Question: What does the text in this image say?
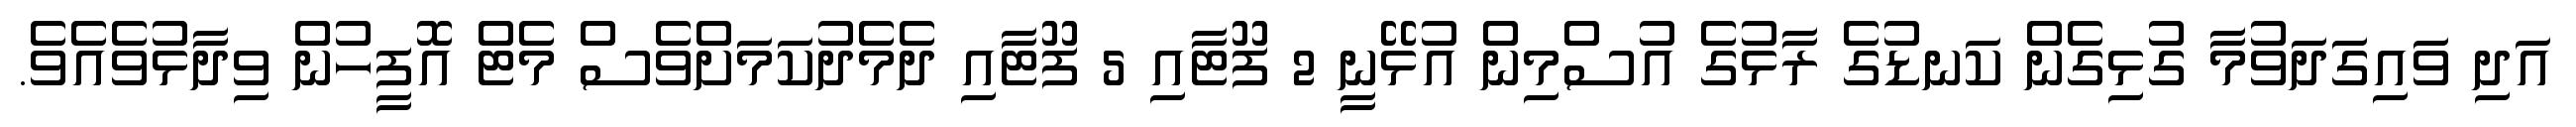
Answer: އަދި ވައިގަދަވުމާ ގުޅިގެން ކަނޑުގެ ރާޅުގެ އުސްމިން އުޅޭނީ 2 ފޫޓާއި 5 ފޫޓާއި ދެމެދުކަމަށްވެސް މެޓް އޮފީހުން ވިދާޅުވެއެވެ.